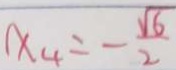
x _ { 4 } = - \frac { \sqrt { 6 } } { 2 }